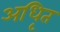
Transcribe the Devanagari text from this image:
अधिृत